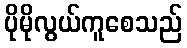
ပိုမိုလွယ်ကူစေသည်